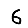
Digit: 6